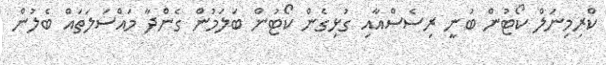
ކްރިމިނަލް ކޯޓުން ބުނީ ރިސެސްއާއި ގުޅިގެން ކޯޓުން ބަލަމުން ގެންދާ މައްސަލަތައް ބެލުން